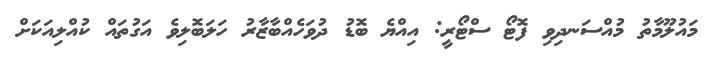
މައުލޫމާތު މުއްސަނދިވި ފޮޓޯ ސްޓޯރީ: އިއްޔެ ބޮޑު ދުވަހެއްބާޒާރު ހަލަބޮލިވެ އަގުތައް ކުއްލިއަކަށް